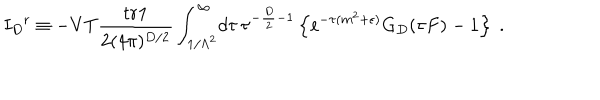
LaTeX: { I _ { D } } ^ { \mathrm r } \equiv - V T { \frac { { \mathrm { t r } } { \bf 1 } } { 2 ( 4 \pi ) ^ { D / 2 } } } \int _ { 1 / \Lambda ^ { 2 } } ^ { \infty } \! d \tau \, \tau ^ { - { \frac { D } { 2 } } - 1 } \left\{ { \mathrm e } ^ { - \tau ( m ^ { 2 } + \epsilon ) } G _ { D } ( \tau F ) - 1 \right\} \ .